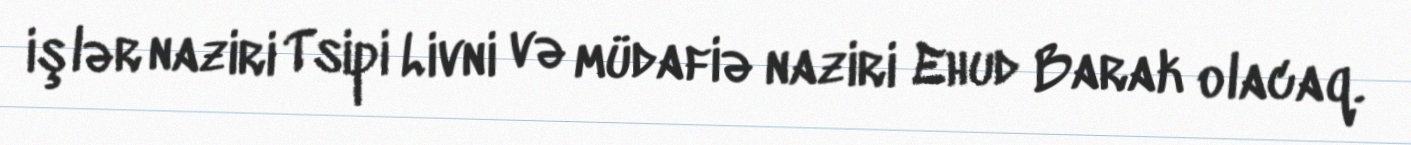
işlər naziri Tsipi Livni və müdafiə naziri Ehud Barak olacaq.